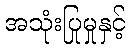
အသုံးပြုမှုနှင့်